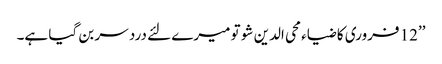
’’12 فروری کا ضیاء محی الدین شو تو میرے لئے درد سر بن گیا ہے۔